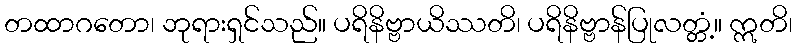
တထာဂတော၊ ဘုရားရှင်သည်။ ပရိနိဗ္ဗာယိဿတိ၊ ပရိနိဗ္ဗာန်ပြုလတ္တံ့။ ဣတိ၊